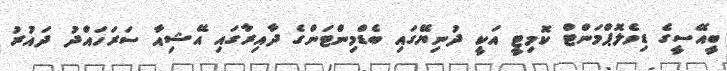
ބީއޭސީގެ ޑިވެލޮޕްމަންޓް ކޮމިޓީ އަކީ ދުނިޔޭގައި ބެޑްމިންޓަންގެ ދާއިރާގައި އޭޝިއާ ސަރަހައްދު ދައުރު